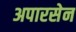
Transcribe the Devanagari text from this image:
अपारसेन